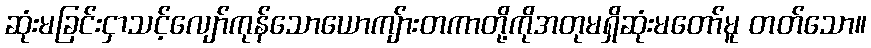
ဆုံးမခြင်းငှာသင့်လျော်ကုန်သောယောကျ်ားတကာတို့ကိုအတုမရှိဆုံးမတော်မူ တတ်သော။